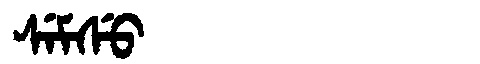
Manchu: ᠰᡝᠮᠰᡠ
Romanization: SEMSU